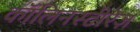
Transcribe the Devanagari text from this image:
कॉलिनस्टीरेज़